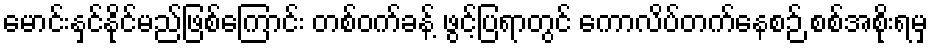
မောင်းနှင်နိုင်မည်ဖြစ်ကြောင်း တစ်ဝက်ခန့် ဖွင့်ပြရာတွင် ကောလိပ်တက်နေစဉ် စစ်အစိုးရမှ